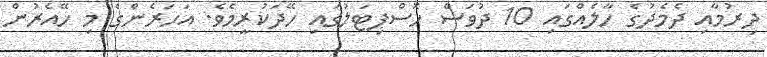
ދިރުމާއި ދެމެދުގެ ހާލެއްގައި 10 ދުވަސް ހޮސްޕިޓަލުގައި ހޭދަކުރީމެވެ. އަހަރެންގެ މި ހޭއެރުން